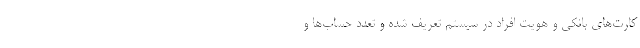
کارت‌های بانکی و هویت افراد در سیستم تعریف شده‌ و تعدد حساب‌ها و